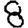
Digit: 8